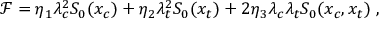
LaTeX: \mathcal { F } = \eta _ { 1 } \lambda _ { c } ^ { 2 } S _ { 0 } ( x _ { c } ) + \eta _ { 2 } \lambda _ { t } ^ { 2 } S _ { 0 } ( x _ { t } ) + 2 \eta _ { 3 } \lambda _ { c } \lambda _ { t } S _ { 0 } ( x _ { c } , x _ { t } ) \; ,